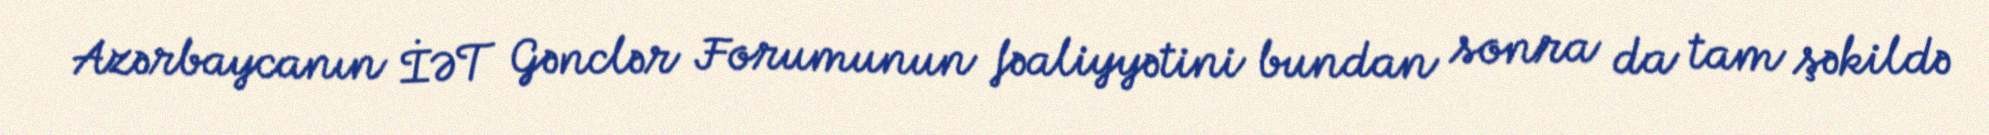
Azərbaycanın İƏT Gənclər Forumunun fəaliyyətini bundan sonra da tam şəkildə